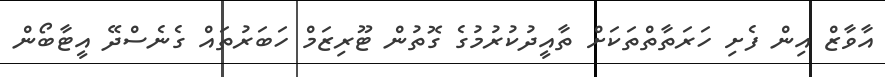
އާވާޒް އިން ފެށި ހަރަތާތްތަކަށް ތާއީދުކުރުމުގެ ގޮތުން ޓޫރިޒަމް ހަބަރުތައް ގެނެސްދޭ އީޓާބޯން